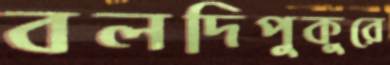
বলদিপুকুরে